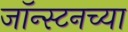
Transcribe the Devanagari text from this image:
जॉन्स्टनच्या